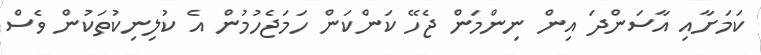
ކަމަށާއި އާސަންދަ އިން ނިންމަން ޖެހޭ ކަންކަން ހަމަޖެހުމުން އެ ކުލިނިކުތަކުން ވެސް